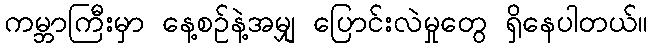
ကမ္ဘာကြီးမှာ နေ့စဉ်နဲ့အမျှ ပြောင်းလဲမှုတွေ ရှိနေပါတယ်။